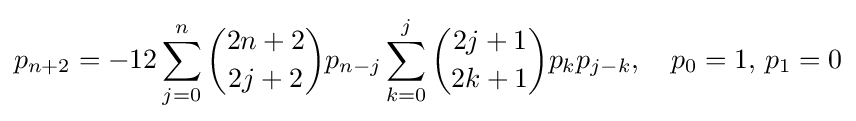
p_{n+2}=-12\sum _{j=0}^{n}{\binom {2n+2}{2j+2}}p_{n-j}\sum _{k=0}^{j}{\binom {2j+1}{2k+1}}p_{k}p_{j-k},\quad p_{0}=1,\,p_{1}=0